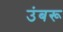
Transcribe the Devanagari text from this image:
उंबरू